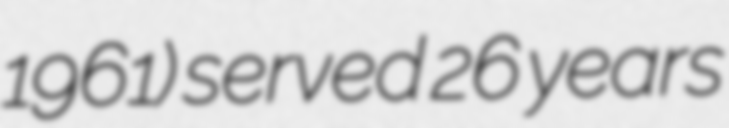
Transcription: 1961) served 26 years